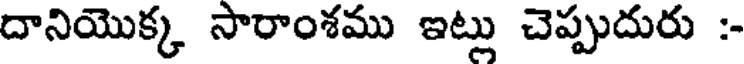
దానియొక్క సారాంశము ఇట్లు చెప్పుదురు :-